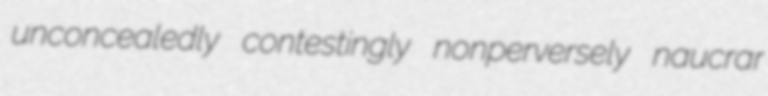
unconcealedly contestingly nonperversely naucrar